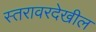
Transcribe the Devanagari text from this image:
स्तरावरदेखील